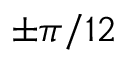
\pm \pi / 1 2